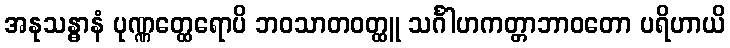
အနုသန္ဓာနံ ပုဏ္ဏတ္ထေရောပိ ဘဝသာတဝတ္ထူ သင်္ဂါဟကတ္တာဘာဝတော ပရိဟာယိ